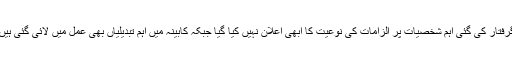
گرفتار کی گئی اہم شخصیات پر الزامات کی نوعیت کا ابھی اعلان نہیں کیا گیا جبکہ کابینہ میں اہم تبدیلیاں بھی عمل میں لائی گئی ہیں۔